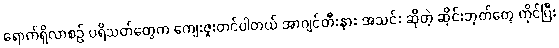
ရောက်ရှိလာစဉ် ပရိသတ်တွေက ကျေးဇူးတင်ပါတယ် အာဂျင်တီးနား အသင်း ဆိုတဲ့ ဆိုင်းဘုတ်တွေ ကိုင်ပြီး